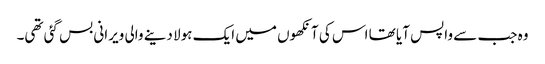
وہ جب سے واپس آیا تھا اس کی آنکھوں میں ایک ہولا دینے والی ویرانی بس گئی تھی۔